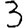
Digit: 3